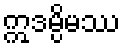
ဣဒမ္ပိမဿ